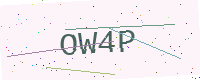
Text: OW4P